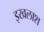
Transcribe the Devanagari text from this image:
इखलाश